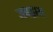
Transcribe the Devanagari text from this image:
जबद्वारा